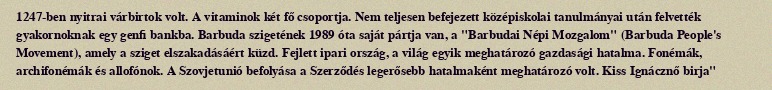
1247-ben nyitrai várbirtok volt. A vitaminok két fő csoportja. Nem teljesen befejezett középiskolai tanulmányai után felvették gyakornoknak egy genfi bankba. Barbuda szigetének 1989 óta saját pártja van, a "Barbudai Népi Mozgalom" (Barbuda People's Movement), amely a sziget elszakadásáért küzd. Fejlett ipari ország, a világ egyik meghatározó gazdasági hatalma. Fonémák, archifonémák és allofónok. A Szovjetunió befolyása a Szerződés legerősebb hatalmaként meghatározó volt. Kiss Ignácznő birja"